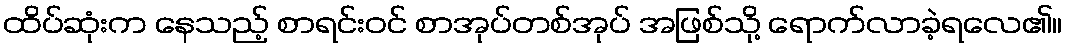
ထိပ်ဆုံးက နေသည့် စာရင်းဝင် စာအုပ်တစ်အုပ် အဖြစ်သို့ ရောက်လာခဲ့ရလေ၏။